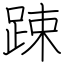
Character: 踈